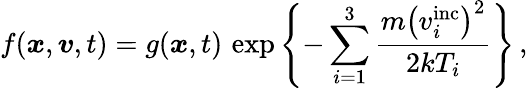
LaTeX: f(\boldsymbol{x},\boldsymbol{v},t)=g(\boldsymbol{x},t)\, \exp\left\{ -\sum_{i=1}^{3}\frac{m{\left(v_{i}^{\mathrm{inc}}\right)}^{2}}{2kT_{i}}\right\} \, ,